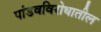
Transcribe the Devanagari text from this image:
पांडवविरोधातील